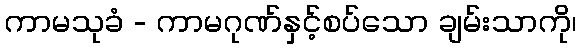
ကာမသုခံ - ကာမဂုဏ်နှင့်စပ်သော ချမ်းသာကို၊